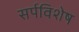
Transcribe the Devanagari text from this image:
सर्पविशेष